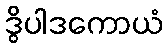
ဒွိပါဒကောယံ